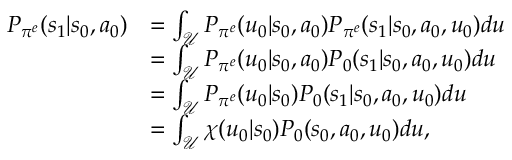
\begin{array} { r l } { P _ { \pi ^ { e } } ( s _ { 1 } | s _ { 0 } , a _ { 0 } ) } & { = \int _ { \mathcal { U } } P _ { \pi ^ { e } } ( u _ { 0 } | s _ { 0 } , a _ { 0 } ) P _ { \pi ^ { e } } ( s _ { 1 } | s _ { 0 } , a _ { 0 } , u _ { 0 } ) d u } \\ & { = \int _ { \mathcal { U } } P _ { \pi ^ { e } } ( u _ { 0 } | s _ { 0 } , a _ { 0 } ) P _ { 0 } ( s _ { 1 } | s _ { 0 } , a _ { 0 } , u _ { 0 } ) d u } \\ & { = \int _ { \mathcal { U } } P _ { \pi ^ { e } } ( u _ { 0 } | s _ { 0 } ) P _ { 0 } ( s _ { 1 } | s _ { 0 } , a _ { 0 } , u _ { 0 } ) d u } \\ & { = \int _ { \mathcal { U } } \chi ( u _ { 0 } | s _ { 0 } ) P _ { 0 } ( s _ { 0 } , a _ { 0 } , u _ { 0 } ) d u , } \end{array}